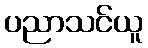
ပညာသင်ယူ